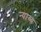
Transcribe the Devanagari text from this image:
न्‍याय्य